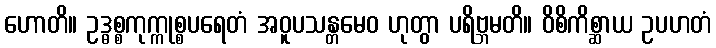
ဟောတိ။ ဥဒ္ဓစ္စကုက္ကုစ္စပရေတံ အဝူပသန္တမေဝ ဟုတွာ ပရိဗ္ဘမတိ။ ဝိစိကိစ္ဆာယ ဥပဟတံ